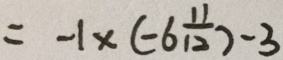
= - 1 \times ( - 6 \frac { 1 1 } { 1 2 } ) - 3